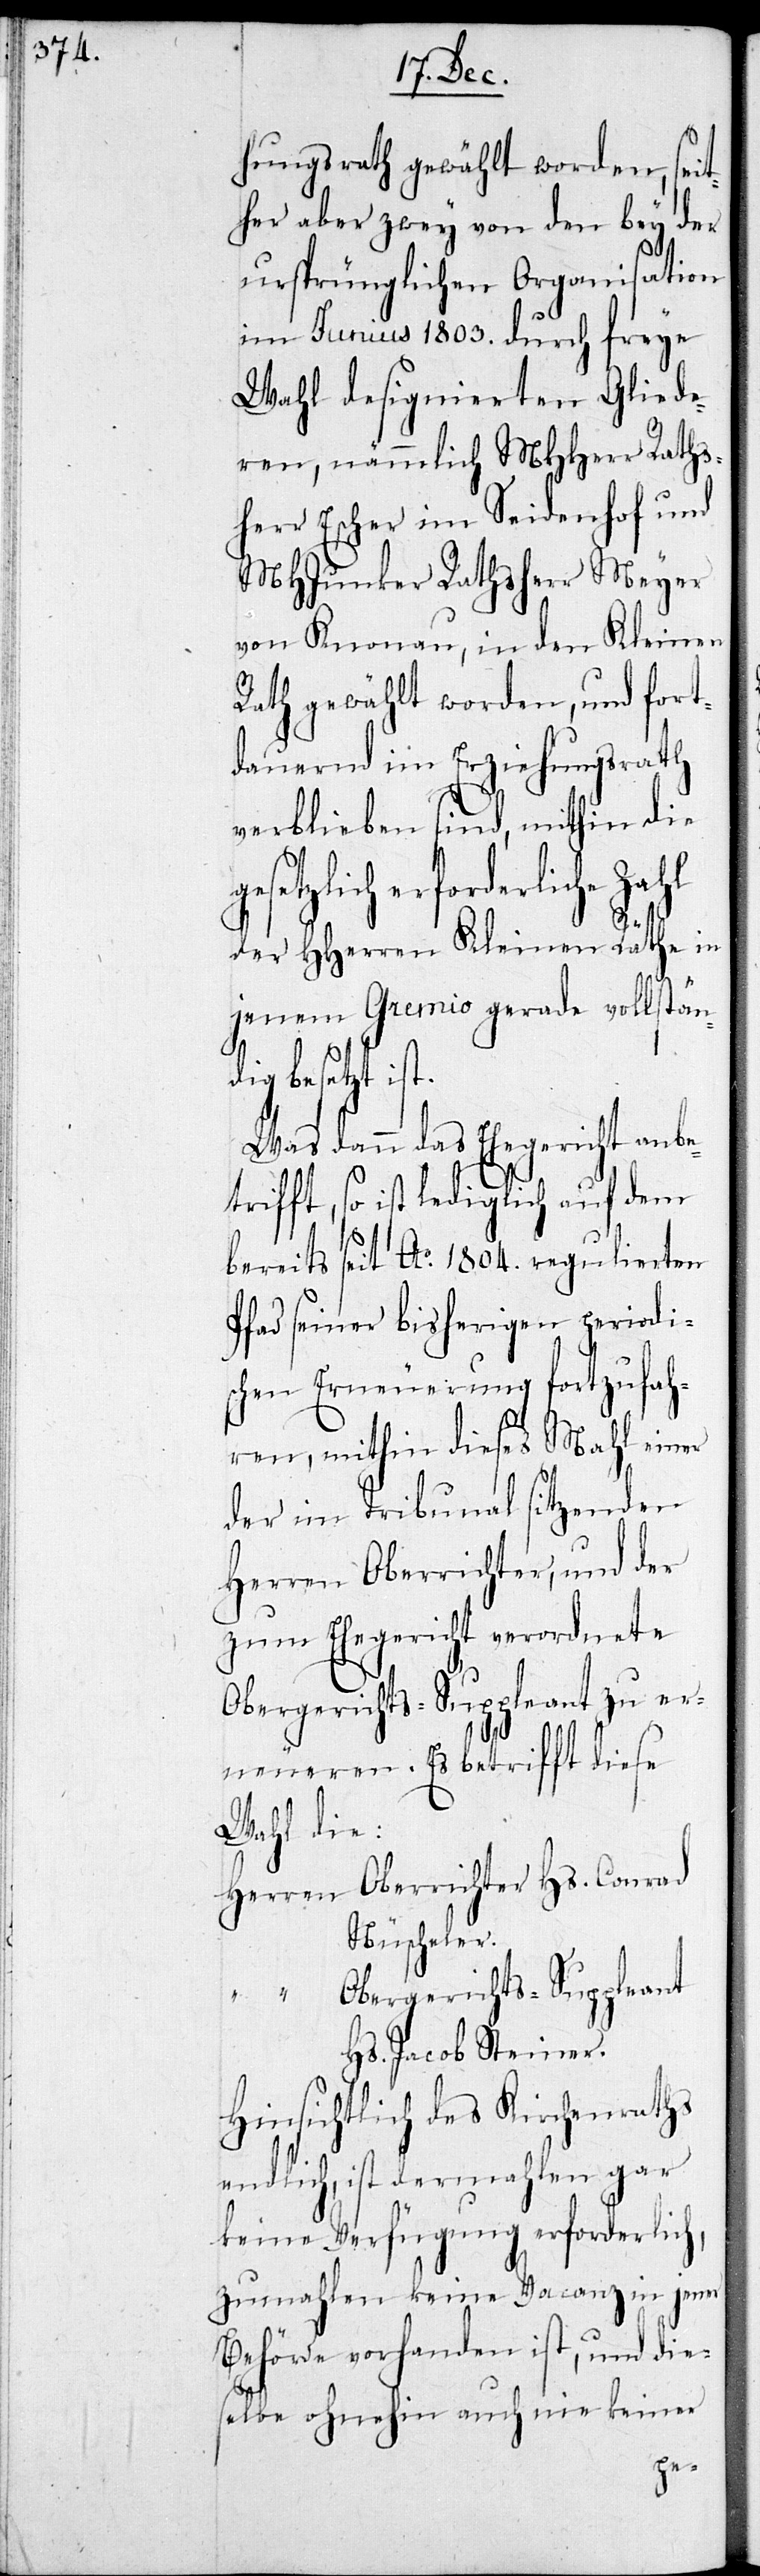
hungsrath gewählt worden, seit¬
her aber zwey von den bey der
ursprünglichen Organisationen
im Junius 1803. durch freye
Wahl designierten Gliede¬
ren, nämlich MHHerr Raths¬
herr Escher im Seidenhof und
MHJunker Rathsherr Meyer
von Knonau, in den Kleinen
Rath gewählt worden, und fort¬
dauernd im Erziehungsrath
verblieben sind, mithin die
setzlich erforderliche
der HHerren Kleinen Räthe in
jenem Gremio gerade vollstän¬
dig besetzt ist.
Was dann das Ehegericht anbet¬
rifft, so ist lediglich auf den
bereits seit Ao. 1804 regulierten
Pfad seiner bisherigen periodi¬
schen Erneuerung fortzufah¬
ren, mithin dieses Mahl einer
der im Tribunal sitzenden
Herren Oberrichter, und der
zum Ehegericht verordnete
Obergerichts-Suppleant zu er¬
neueren. Es betrifft diese
Wahl die:
Herren Oberrichter Hs. Conrad
Nüscheler
“ Obergerichts-Suppleant
Hs. Jacob Steiner
Hinsichtlich des Kirchenraths
endlich, ist dermahlen gar
keine Verfügung erforderlich,
zumahlen keine Vacanz in jener
Behörde vorhanden ist, und die¬
selbe ohnehin auch nie keiner
ge¬